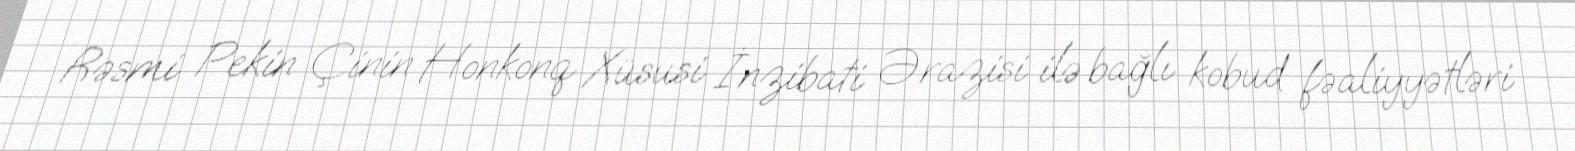
Rəsmi Pekin Çinin Honkonq Xüsusi İnzibati Ərazisi ilə bağlı kobud fəaliyyətləri